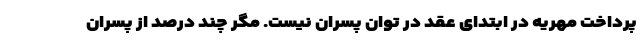
پرداخت مهریه در ابتدای عقد در توان پسران نیست. مگر چند درصد از پسران